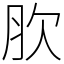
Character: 肷